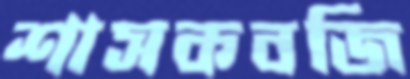
শাসকবজি